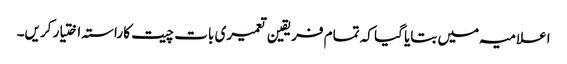
اعلامیہ میں بتایا گیا کہ تمام فریقین تعمیری بات چیت کا راستہ اختیار کریں۔